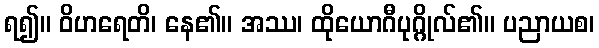
ရ၍။ ဝိဟရေတိ၊ နေ၏။ အဿ၊ ထိုယောဂီပုဂ္ဂိုလ်၏။ ပညာယစ၊